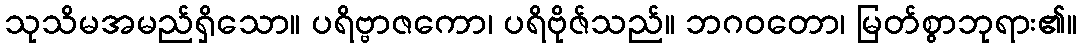
သုသိမအမည်ရှိသော။ ပရိဗ္ဗာဇကော၊ ပရိဗိုဇ်သည်။ ဘဂဝတော၊ မြတ်စွာဘုရား၏။